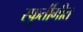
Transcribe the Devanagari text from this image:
स्फूर्तीगीत